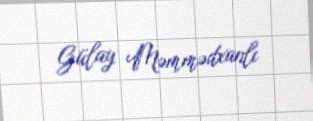
Gülay Məmmədxanlı